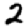
Digit: 2